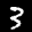
Label: 3